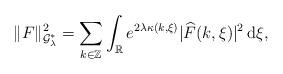
LaTeX: \begin{align*}\|F\|_{\mathcal{G}_{\lambda}^{*}}^{2}=\sum_{k\in\mathbb{Z}}\int_{\mathbb{R}}e^{2\lambda\kappa(k,\xi)}|\widehat{F}(k,\xi)|^2\,\mathrm{d}\xi,\end{align*}